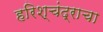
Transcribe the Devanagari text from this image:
हरिश्चंद्राचा